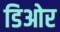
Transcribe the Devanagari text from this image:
डिओर